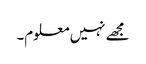
مجھے نہیں معلوم۔